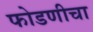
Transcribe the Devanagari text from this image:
फोडणीचा